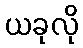
ယခုလို